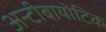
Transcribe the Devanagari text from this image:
अन्टीबायोटिक